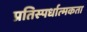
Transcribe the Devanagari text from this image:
प्रतिस्‍पर्धात्‍मकता